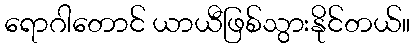
ရောဂါတောင် ယာယီဖြစ်သွားနိုင်တယ်။